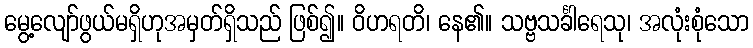
မွေ့လျော်ဖွယ်မရှိဟုအမှတ်ရှိသည် ဖြစ်၍။ ဝိဟရတိ၊ နေ၏။ သဗ္ဗသင်္ခါရေသု၊ အလုံးစုံသော